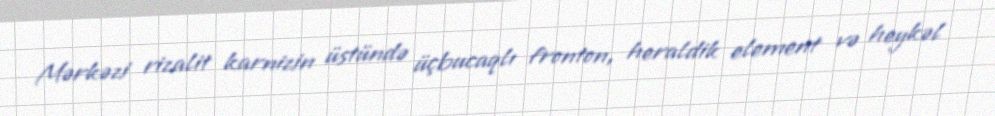
Mərkəzi rizalit karnizin üstündə üçbucaqlı fronton, heraldik element və heykəl